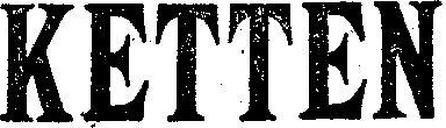
KETTEN